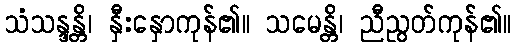
သံသန္ဒန္တိ၊ နှီးနှောကုန်၏။ သမေန္တိ၊ ညီညွတ်ကုန်၏။